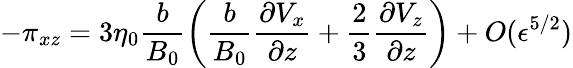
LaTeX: -\pi_{xz}=3\eta_{0}\frac{b}{B_{0}}\left(\frac{b}{B_{0}}\frac{\partial V_{x}}{\partial z}+\frac{2}{3}\frac{\partial V_{z}}{\partial z}\right)+O(\epsilon^{5/2})